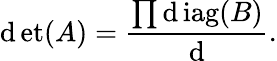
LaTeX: \operatorname*{\mathrm{d}et}(A)={\frac{{\prod\operatorname{\mathrm{d}iag}(B)}}{{\mathrm{d}}}}.